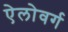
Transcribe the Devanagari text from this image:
ऐलोवर्ग